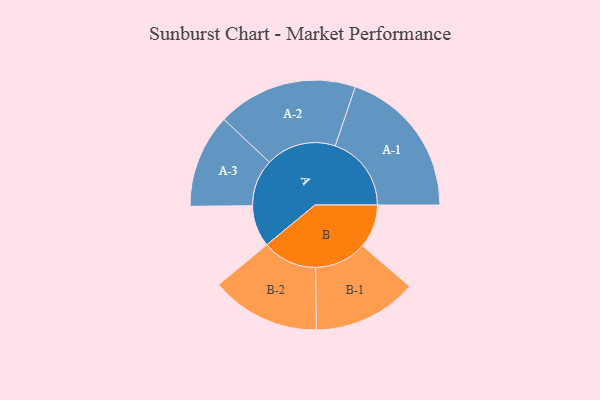
{"axis": {"x": "Segment", "y": "Value"}, "legend": ["", "A", "B"], "data": [{"x": "A", "y": 161, "type": ""}, {"x": "B", "y": 168, "type": ""}, {"x": "A-1", "y": 294, "type": "A"}, {"x": "A-2", "y": 271, "type": "A"}, {"x": "A-3", "y": 181, "type": "A"}, {"x": "B-1", "y": 201, "type": "B"}, {"x": "B-2", "y": 211, "type": "B"}]}